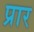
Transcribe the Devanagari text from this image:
प्रार